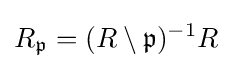
R_{\mathfrak {p}}=(R\setminus {\mathfrak {p}})^{-1}R